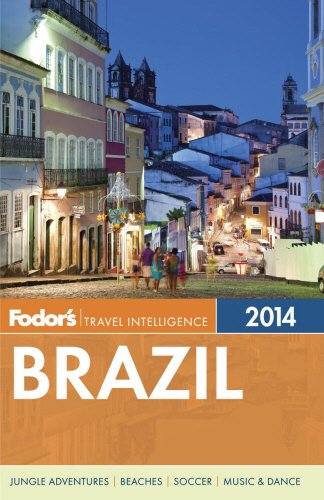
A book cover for Fodor's Brazil 2014: with a special section on the FIFA World Cup (Travel Guide); Fodor's; Travel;